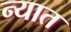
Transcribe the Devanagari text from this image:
न्यात